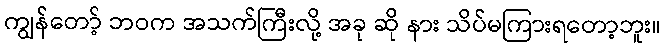
ကျွန်တော့် ဘဝက အသက်ကြီးလို့ အခု ဆို နား သိပ်မကြားရတော့ဘူး။